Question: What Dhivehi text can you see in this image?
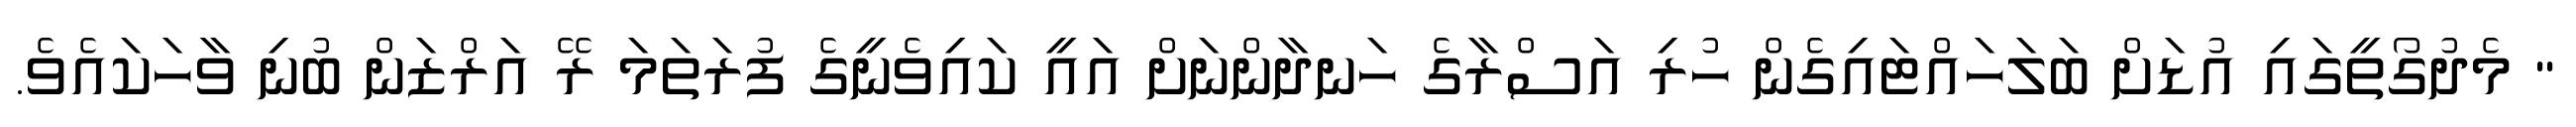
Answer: " މެދުގޯތީގައި އުޑަށް ބަލަހައްޓައިގެން ހުރި އަސްރާގެ ހަނދާންނަށް އައީ ކައިވެނީގެ ފުރަތަމަ ރޭ އަރްޒަން ބުނި ވާހަކައެވެ.